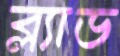
ব্ল্যাড